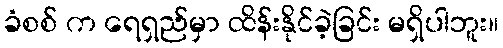
ခံစစ် က ရေရှည်မှာ ထိန်းနိုင်ခဲ့ခြင်း မရှိပါဘူး။